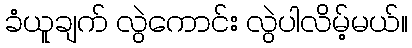
ခံယူချက် လွဲကောင်း လွဲပါလိမ့်မယ်။